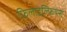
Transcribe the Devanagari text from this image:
फिलाडेल्फियंस